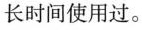
长时间使用过。